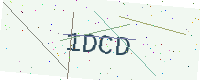
Text: 1DCD